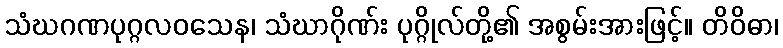
သံဃဂဏပုဂ္ဂလဝသေန၊ သံဃာဂိုဏ်း ပုဂ္ဂိုလ်တို့၏ အစွမ်းအားဖြင့်။ တိဝိဓာ၊